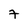
Character: 7